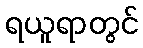
ရယူရာတွင်